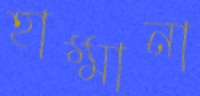
হাম্মানা